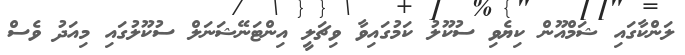
ލަންކާގައި ޝަމްއޫން ކިޔެވި ސުކޫލު ކަމުގައިވާ ވިޗަލީ އިންޓަނޭޝަނަލް ސުކޫލުގައި މިއަދު ވެސް